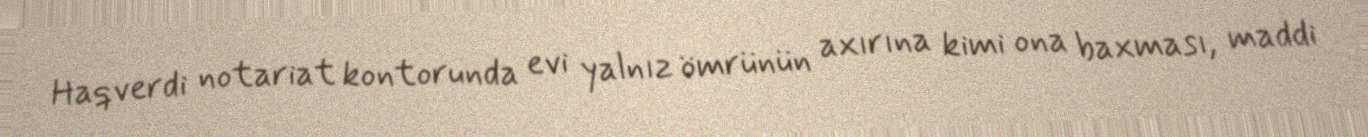
Haqverdi notariat kontorunda evi yalnız ömrünün axırına kimi ona baxması, maddi